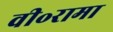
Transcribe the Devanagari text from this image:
वी॰रामा